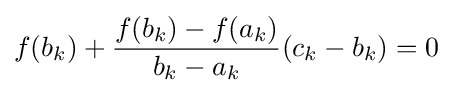
f(b_{k})+{\frac {f(b_{k})-f(a_{k})}{b_{k}-a_{k}}}(c_{k}-b_{k})=0